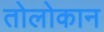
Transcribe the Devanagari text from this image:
तोलोकान